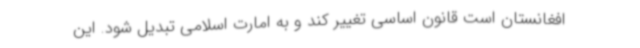
افغانستان است قانون اساسی تغییر کند و به امارت اسلامی تبدیل شود. این